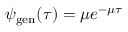
\psi _ { \mathrm { g e n } } ( \tau ) = \mu e ^ { - \mu \tau }